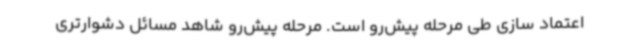
اعتماد سازی طی مرحله پیش‌رو است. مرحله پیش‌رو شاهد مسائل دشوارتری